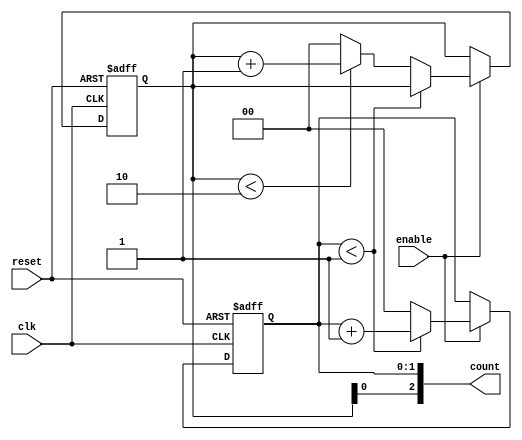
module mixed_radix_counter #(
    parameter DIGIT1_RADIX = 2,  // Base 2
    parameter DIGIT2_RADIX = 3,  // Base 3
    parameter DIGIT3_RADIX = 4   // Base 4
)(
    input wire clk,               // Clock input
    input wire reset,             // Asynchronous reset
    input wire enable,            // Enable signal
    output reg [2:0] count        // Output count (3 bits for 3 digits)
);

    // Internal counter registers
    reg [1:0] digit1; // 2 bits for base 2
    reg [1:0] digit2; // 2 bits for base 3
    reg [1:0] digit3; // 2 bits for base 4

    // Asynchronous reset and counting logic
    always @(posedge clk or posedge reset) begin
        if (reset) begin
            digit1 <= 0;
            digit2 <= 0;
            digit3 <= 0;
        end else if (enable) begin
            if (digit1 < DIGIT1_RADIX - 1) begin
                digit1 <= digit1 + 1; // Increment digit1
            end else begin
                digit1 <= 0; // Reset digit1
                if (digit2 < DIGIT2_RADIX - 1) begin
                    digit2 <= digit2 + 1; // Increment digit2
                end else begin
                    digit2 <= 0; // Reset digit2
                    if (digit3 < DIGIT3_RADIX - 1) begin
                        digit3 <= digit3 + 1; // Increment digit3
                    end else begin
                        digit3 <= 0; // Reset digit3
                    end
                end
            end
        end
    end

    // Combine the digits for the output
    always @(*) begin
        count = {digit3, digit2, digit1}; // Concatenate digits for output
    end

endmodule